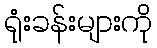
ရုံးခန်းများကို